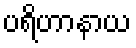
ပရိဟာနာယ